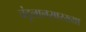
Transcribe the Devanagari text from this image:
चंदूलालसारख्या